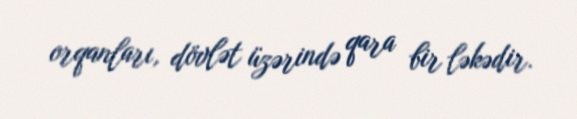
orqanları, dövlət üzərində qara bir ləkədir.